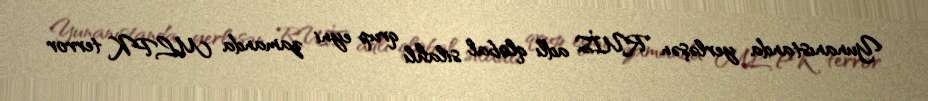
Yunanıstanda yerləşən RUİS adlı qlobal silahlı qrup eyni zamanda MLPK terror